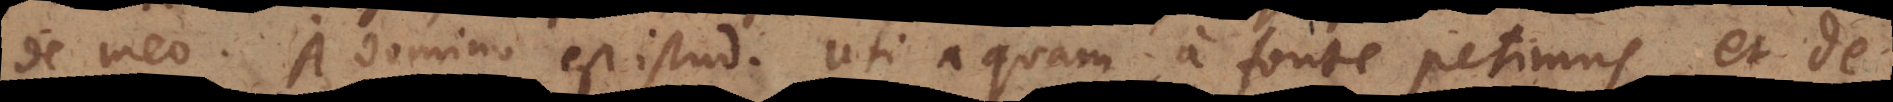
de meo. A domino est istud. Uti aquam a fonte petimus, et de